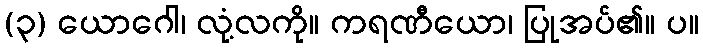
(၃) ယောဂေါ၊ လုံ့လကို။ ကရဏီယော၊ ပြုအပ်၏။ ပ။